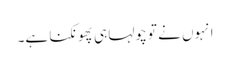
انہوں نے تو چولہا ہی پھونکنا ہے۔